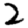
Digit: 2